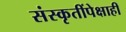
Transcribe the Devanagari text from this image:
संस्कृतींपेक्षाही